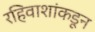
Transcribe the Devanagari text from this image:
रहिवाशांकडून